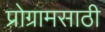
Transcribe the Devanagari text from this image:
प्रोग्रामसाठी